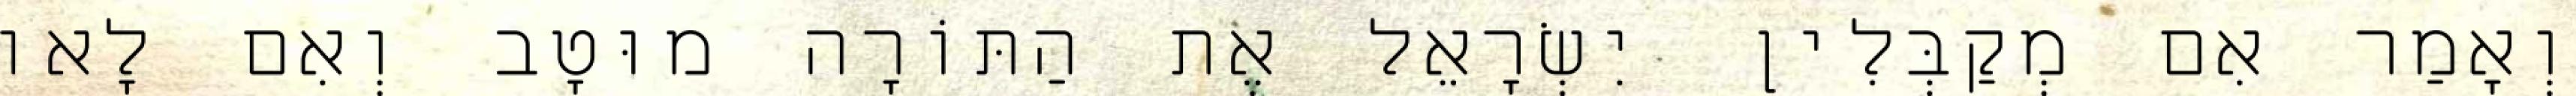
וְאָמַר אִם מְקַבְּלִין יִשְׂרָאֵל אֶת הַתּוֹרָה מוּטָב וְאִם לָאו